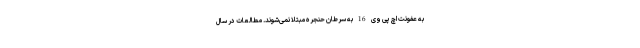
به عفونت اچ پی وی 16 به سرطان حنجره مبتلا نمی‌شوند. مطالعات در سال